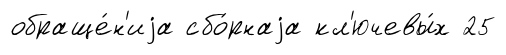
обраще́н'иjа сбо́рнаjа кл'ючевы́х 25